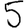
Digit: 5